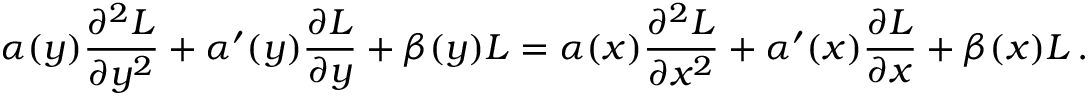
\alpha ( y ) { \frac { \partial ^ { 2 } L } { \partial y ^ { 2 } } } + \alpha ^ { \prime } ( y ) { \frac { \partial L } { \partial y } } + \beta ( y ) L = \alpha ( x ) { \frac { \partial ^ { 2 } L } { \partial x ^ { 2 } } } + \alpha ^ { \prime } ( x ) { \frac { \partial L } { \partial x } } + \beta ( x ) L \, .